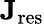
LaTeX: \mathbf{J}_{\mathrm{res}}